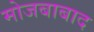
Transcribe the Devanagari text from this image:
मोजबाबाद